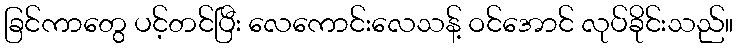
ခြင်ကာတွေ ပင့်တင်ပြီး လေကောင်းလေသန့် ဝင်အောင် လုပ်ခိုင်းသည်။